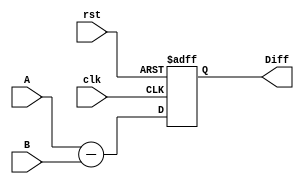
module serial_subtractor (
    input clk,
    input rst,
    input [3:0] A,
    input [3:0] B,
    output reg [3:0] Diff
);

    always @(posedge clk or posedge rst) begin
        if (rst)
            Diff <= 4'b0000;
        else
            Diff <= A - B; // Corrected subtraction operation
    end

endmodule